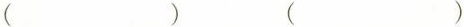
()()